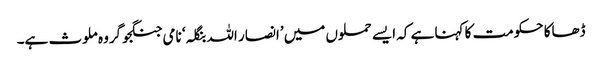
ڈھاکا حکومت کا کہنا ہے کہ ایسے حملوں میں ’انصار اللہ بنگلہ‘ نامی جنگجو گروہ ملوث ہے۔